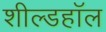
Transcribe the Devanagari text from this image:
शील्डहॉल